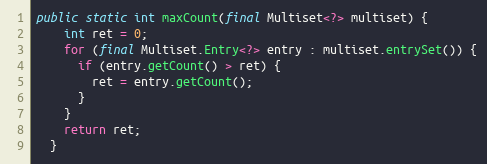
Language: Java
public static int maxCount(final Multiset<?> multiset) {
    int ret = 0;
    for (final Multiset.Entry<?> entry : multiset.entrySet()) {
      if (entry.getCount() > ret) {
        ret = entry.getCount();
      }
    }
    return ret;
  }